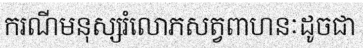
ករណីមនុស្សរំលោភសត្វពាហនៈដូចជា